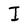
Character: I